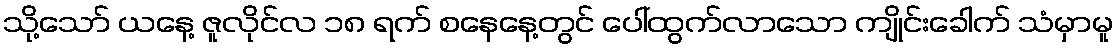
သို့သော် ယနေ့ ဇူလိုင်လ ၁၈ ရက် စနေနေ့တွင် ပေါ်ထွက်လာသော ကျိုင်းခေါက် သံမှာမူ